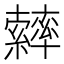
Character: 𦆽